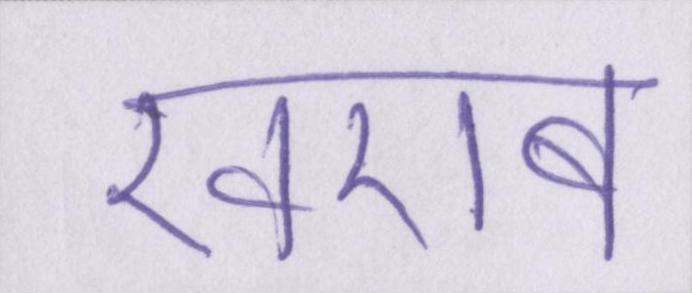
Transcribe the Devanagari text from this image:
खराब